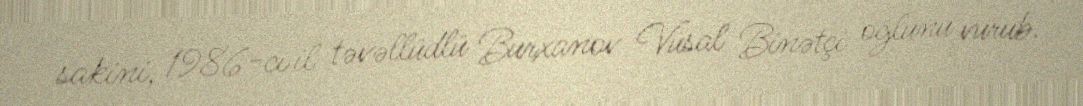
sakini, 1986-cı il təvəllüdlü Burxanov Vüsal Binətçi oğlunu vurub.